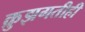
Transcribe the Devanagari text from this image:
क्रुझगतीही